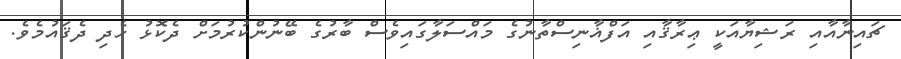
ޗައިނާއާއި ރަޝިޔާއަކީ ޢިރާޤާއި އަފްޣާނިސްތާނުގެ މައްސަލާގައިވެސް ބާރުގެ ބޭނުންކުރުމަށް ދެކޮޅު ހެދި ދެޤައުމެވެ.